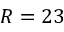
R = 2 3